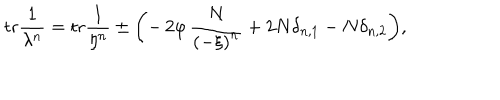
\mathrm { t r } \frac { 1 } { \lambda ^ { n } } = \mathrm { t r } \frac { 1 } { \eta ^ { n } } \pm \biggl ( - \, 2 \varphi \, \frac { N } { \left( - \xi \right) ^ { n } } + 2 N \delta _ { n , 1 } - N \delta _ { n , 2 } \biggl ) ,